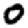
Digit: 0